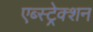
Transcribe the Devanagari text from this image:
एब्स्ट्रेक्शन